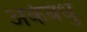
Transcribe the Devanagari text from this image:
अर्कबंधु